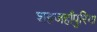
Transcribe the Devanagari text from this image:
शहजहाँपुरिया